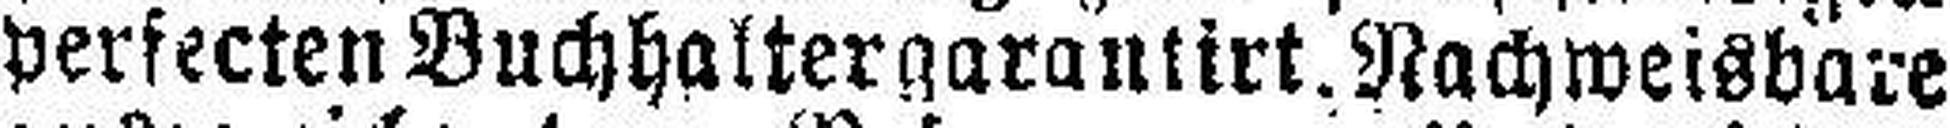
perfecten Buchhalter garantirt. Nachweisbare